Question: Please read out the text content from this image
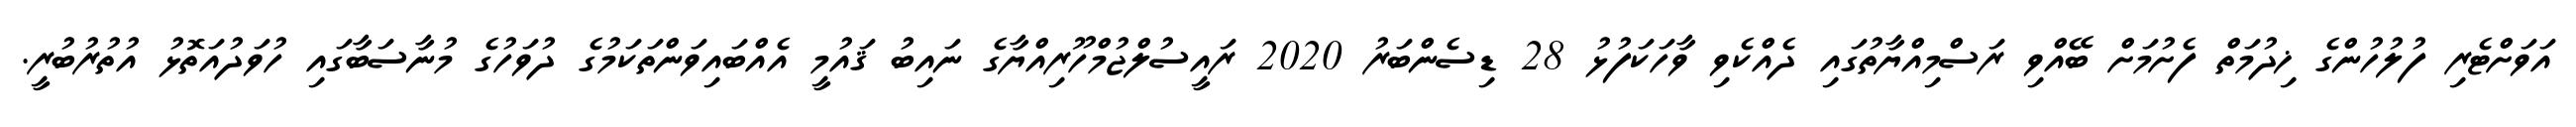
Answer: އަވަށްޓެރި ފުލުހުންގެ ޚިދުމަތް ފެށުމަށް ބޭއްވި ރަސްމިއްޔާތުގައި ދެއްކެވި ވާހަކަފުޅު 28 ޑިސެންބަރު 2020 ރައީސުލްޖުމްހޫރިއްޔާގެ ނައިބު ޤައުމީ އެއްބައިވަންތަކަމުގެ ދުވަހުގެ މުނާސަބާގައި ހުވަދުއަތޮޅު އުތުރުބުރީ.